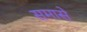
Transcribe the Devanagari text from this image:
समासे